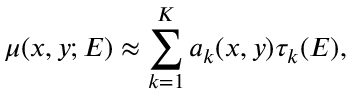
\mu ( x , y ; E ) \approx \sum _ { k = 1 } ^ { K } a _ { k } ( x , y ) \tau _ { k } ( E ) ,